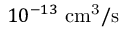
1 0 ^ { - 1 3 } ~ \mathrm { c m ^ { 3 } / s }